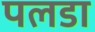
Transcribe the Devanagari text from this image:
पलडा